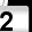
Digit: 2